Annual report on the working of the mental hospitals in the Madras Presidency - 1912-1932
Year: 1912
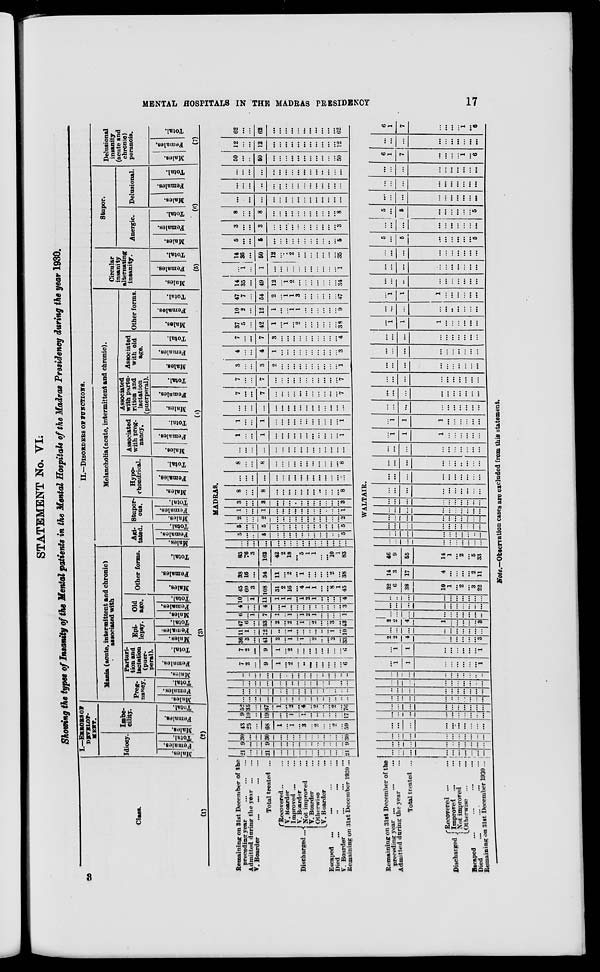
MENTAL HOSPITALS IN THE MADRAS PRESIDENCY
17
STATEMENT No. VI.
Showing the types of Insanity of the Mental patients in the Mental Hospitals of the Madras Presidency during the year 1930.
Class.
(1)
Remaining on 31st December of the
preceding year
...
...
...
Admitted during the year ... ...
V. Boarder ... ... ... ...
Total treated ...
Discharged ...
Recovered ... ...
V. Boarder ...
Improved ...
V. Boarder ...
Not improved ...
V.Boarder ...
Otherwise ...
V. Boarder ...
Escaped ... ... ... ...
Died
...
...
...
...
V. Boarder ... ... ...
Remaining on 31st December 1920 ...
I.—ERRORS OF
DEVELOP-
MENT.
Idiocy.
Males.
Females.
Total.
Imbe-
cility.
Males.
Females.
Total.
(2)
II.—DlSORDEBS OF FUNCTIONS.
Mania (acute, intermittent and chronic)
associated with
Preg-
nancy.
Mal es . Femal es .
Total.
Parturi-
tion and
lactation
(puer-
peral).
Males.
Females.
Total.
Epi-
lepsy.
Males.
Females.
Total.
Old
age.
Males.
Females.
Total.
Other forms.
Males.
Females.
Total.
(3)
Melancholia (acute, intermittent and chronic).
Agi-
tated.
Males.
Females.
Total.
Stupor-
ous.
Males.
Females.
Total.
Hypo-
chondrical.
Males.
Females.
Total.
Associated
with preg-
nancy.
Males.
Females.
Total.
Associated
with partu-
rition and
lactation
(puerperal).
Males.
Females.
Total.
Associated
with old
age.
Males.
Females.
Total.
Other forms.
Males.
Females.
Total.
(4)
Circular
insanity
alternating
insanity.
Males.
Females.
Total.
(5)
Stupor.
Anergic.
Males.
Females.
Total.
Delusional.
Males.
Females.
Total.
(6)
Delusional
insanity
(acute and
chronic)
peranoia.
Males.
Females.
Total.
(7)
MADRAS.
21
...
...
21
...
...
...
...
...
...
...
...
...
...
...
21
9
...
...
9
...
...
...
...
...
...
...
...
...
...
...
9
30
...
...
30
...
...
...
...
...
...
...
...
...
...
...
30
43
25
...
68
1
...
1
...
3
...
2
...
...
2
...
59
9
10
...
19
...
...
1
..
1
...
...
...
...
...
...
17
52
35
...
87
1
...
2
...
4
...
2
...
...
2
...
76
...
...
...
...
...
...
...
..
...
...
...
...
...
...
..
...
...
...
...
...
...
...
...
...
...
...
...
...
...
...
...
...
...
...
...
...
...
...
...
...
...
...
...
...
...
...
...
...
...
...
...
...
...
...
...
...
...
...
...
...
...
...
..
...
7
2
...
9
1
...
2
...
...
...
...
...
...
...
...
6
7
2
...
9
1
...
2
...
...
...
...
...
...
...
...
6
36
5
...
41
2
...
1
..
1
...
2
...
...
2
...
33
11
1
...
12
...
...
1
...
...
...
...
...
...
1
...
10
47
6
...
53
2
...
2
...
1
...
2
...
...
3
...
43
6
...
1
7
1
...
1
...
1
2
1
...
...
...
...
1
4
...
...
4
...
1
...
...
...
...
..
...
...
...
...
3
10
...
1
11
1
1
1
...
1
2
1
...
...
...
...
4
45
60
3
108
31
2
16
...
4
1
1
...
...
8
1
45
38
16
...
54
11
...
2
...
1
...
...
...
...
2
...
38
83
76
3
162
42
2
18
...
5
1
1
...
...
10
1
83
...
...
...
...
...
...
...
..
...
...
...
...
...
...
...
...
5
...
...
5
...
...
...
...
...
...
...
...
...
...
...
5
5
...
...
5
...
...
...
...
...
...
...
...
...
...
...
5
2
...
...
2
...
...
...
...
...
...
...
...
...
...
...
2
1
...
...
1
...
...
...
...
...
...
...
...
...
...
...
1
3
...
...
3
...
...
...
...
...
...
...
...
...
...
...
3
8
...
...
8
...
...
...
...
...
...
...
...
...
...
...
8
...
...
...
...
...
...
...
...
...
...
...
...
...
...
...
...
8
...
...
8
...
...
...
...
...
...
...
...
...
...
...
8
...
...
...
...
...
...
...
...
...
...
...
...
...
...
...
...
1
...
...
1
...
...
...
...
...
...
...
...
...
...
...
1
1
...
...
1
...
...
...
...
...
...
...
...
...
...
...
1
...
...
...
...
...
...
...
...
...
...
...
...
...
...
...
7
...
...
7
...
...
...
...
...
...
...
...
...
...
...
7
7
...
...
7
...
...
...
...
...
...
...
...
...
...
...
7
3
...
...
3
2
...
...
...
...
...
...
...
...
...
1
4
...
...
4
1
...
...
...
...
...
...
...
...
...
...
3
7
...
...
7
3
...
...
...
...
...
...
...
...
...
...
4
37
5
...
42
1
...
1
...
2
...
...
...
...
...
...
38
10
2
...
12
1
...
...
1
1
...
...
...
...
...
...
9
47
7
...
54
2
...
1
1
3
...
...
...
...
...
...
47
14
35
...
49
12
...
1
2
...
...
...
...
...
...
...
34
...
1
...
1
...
...
...
...
...
...
...
...
...
...
...
1
14
36
...
50
12
...
1
2
...
...
...
...
...
...
...
35
5
...
...
5
...
...
...
...
...
...
...
...
...
..
...
5
3
...
...
3
...
...
...
...
...
...
...
...
...
...
...
3
8
...
...
8
...
...
...
...
...
...
...
...
...
...
...
8
...
...
...
...
...
...
...
...
...
...
...
...
...
...
...
...
...
...
...
...
...
...
...
...
...
...
...
...
...
...
...
...
...
...
...
...
...
...
...
...
...
...
...
...
...
...
...
...
50
...
..
50
...
...
...
...
...
...
...
...
...
...
...
50
12
...
...
12
...
...
...
...
...
...
...
...
...
...
...
12
62
...
...
62
...
...
...
...
...
...
...
...
...
...
...
62
Remaining on 3lst December of the
preceding year ... ... ...
Admitted during the year ...
Total treated ...
Discharged .
Recovered ....
...
Improved ... ...
Not improved
...
Otherwise ... ...
Escaped
...
... ... ...
Died
...
...
...
...
Remaining on 31st December 1930 ...
WALTAIR.
...
...
...
...
...
...
...
...
...
...
...
...
...
...
...
...
...
...
...
...
...
...
...
...
...
...
...
...
...
...
...
...
...
...
...
...
...
...
...
...
...
...
...
...
...
...
...
... ....
...
...
...
...
...
...
...
...
...
...
...
...
...
...
...
...
...
...
...
...
...
...
...
...
...
...
...
...
...
...
...
...
...
...
...
...
...
...
...
...
...
...
...
...
...
...
...
...
...
...
...
1
1
...
...
...
...
...
...
1
...
1
1
...
...
...
...
...
...
1
2
2
4
...
...
...
...
...
...
3
...
...
...
...
...
...
...
...
...
...
2
2
4
1
...
...
...
...
...
3
...
...
...
...
...
...
...
...
...
...
...
...
...
...
...
...
...
...
...
...
...
...
...
...
...
...
...
...
...
...
32
6
38
10
1
...
2
...
3
22
14
3
17
4
...
...
...
...
2
11
46
9
65
14
1
...
2
...
5
33
...
...
...
...
...
...
...
...
...
...
...
...
...
...
...
...
...
...
..
...
...
...
...
...
...
...
...
...
...
...
...
...
...
...
...
...
...
...
...
...
...
...
...
...
...
...
...
...
...
...
...
...
...
...
...
...
...
...
...
...
...
...
...
...
...
...
...
...
...
...
...
...
...
...
...
...
...
...
...
...
...
...
...
...
...
...
...
...
...
...
...
...
...
...
...
...
...
...
...
...
1
1
1
...
...
...
...
...
...
...
1
1
1
...
...
...
...
...
...
...
...
...
...
...
...
...
...
...
...
...
...
...
...
...
...
...
...
...
...
...
...
...
...
...
...
...
...
...
...
...
...
...
...
...
...
...
...
...
...
...
...
...
...
...
...
...
...
...
...
...
...
...
...
...
...
...
...
...
...
...
1
1
1
...
...
...
...
...
...
...
...
...
...
...
...
...
...
...
...
...
1
1
1
...
...
...
...
...
...
...
...
...
...
...
...
...
...
...
...
...
...
...
...
...
...
...
...
...
...
...
...
...
...
...
...
...
...
...
...
5
...
5
...
...
...
...
...
...
5
...
...
...
...
...
...
...
...
...
...
5
...
5
...
...
...
...
...
...
5
...
...
...
...
...
...
...
...
...
...
...
...
...
...
...
...
...
...
...
...
...
...
...
...
...
...
...
...
...
...
6
1
7
...
...
...
...
1
...
6
...
...
...
...
...
...
...
...
...
...
6
1
7
...
...
...
...
1
...
6
Note.—Observation cases are excluded from this statement.
8